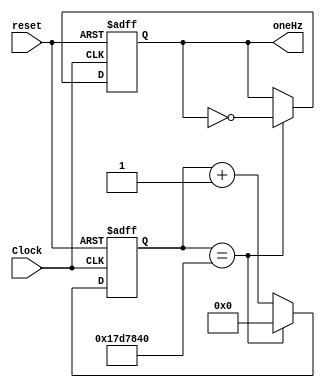
module Lab4B_modified(Clock,reset,
		oneHz);
		
		
input  Clock,reset;
output reg oneHz;		
integer count;

always @ (posedge Clock, negedge reset) // KEY neg toggle
 if (~reset)   //reset
	begin
	count <= 32'd0;
	oneHz <= 1'b0;
	end

else // if NO reset
	
	if (count == 25000000) // half cycle toggle once
	 begin
	  oneHz  <= ~oneHz;   // toggle slow clock
	  count <= 32'd0;	// clear counter
	 end
	 
	else // if count does not reach 25 million
	 begin
	 oneHz <= oneHz;  	 // hold previos value
	 count <= count + 1'd1;
	 end
	 
endmodule